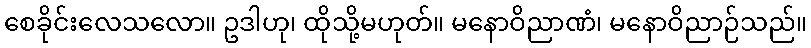
စေခိုင်းလေသလော။ ဥဒါဟု၊ ထိုသို့မဟုတ်။ မနောဝိညာဏံ၊ မနောဝိညာဉ်သည်။